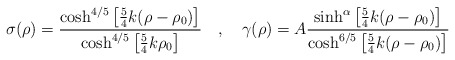
\begin{align*}\sigma(\rho)=\frac{\cosh^{4/5}\left[{5 \over 4}k (\rho-\rho_0) \right]}{\cosh^{4/5}\left[{5 \over 4}k\rho_0 \right]} ~~~,~~~\gamma(\rho)=A\frac{\sinh^{\alpha}\left[{5 \over 4}k (\rho-\rho_0) \right]}{\cosh^{6/5}\left[{5 \over 4}k (\rho-\rho_0) \right]}\end{align*}